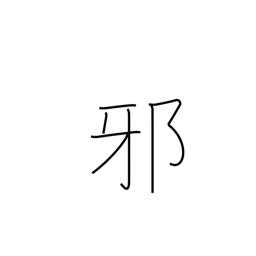
Meaning: injustice